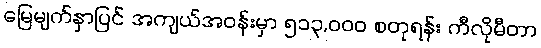
မြေမျက်နှာပြင် အကျယ်အဝန်းမှာ ၅၁၃,၀၀၀ စတုရန်း ကီလိုမီတာ